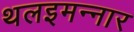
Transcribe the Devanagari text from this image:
थलइमन्‍नार